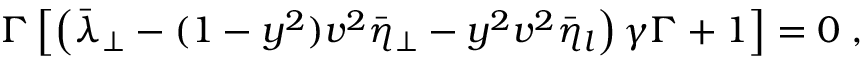
\Gamma \left[ \left( \bar { \lambda } _ { \perp } - ( 1 - y ^ { 2 } ) v ^ { 2 } \bar { \eta } _ { \perp } - y ^ { 2 } v ^ { 2 } \bar { \eta } _ { l } \right) \gamma \Gamma + 1 \right] = 0 \; ,